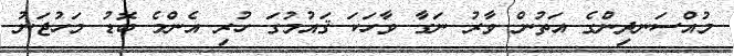
މުއްސަނދިންގެ އަތުން ވާރު ނަގާ ވާހަކަ ޤައުމުގަ ހުރި އެންމެ ބޮޑު މަހުޖަނު